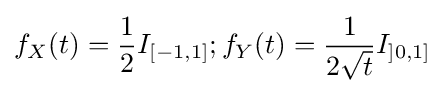
f_{X}(t)={1 \over 2}I_{[-1,1]};f_{Y}(t)={1 \over {2{\sqrt {t}}}}I_{]0,1]}